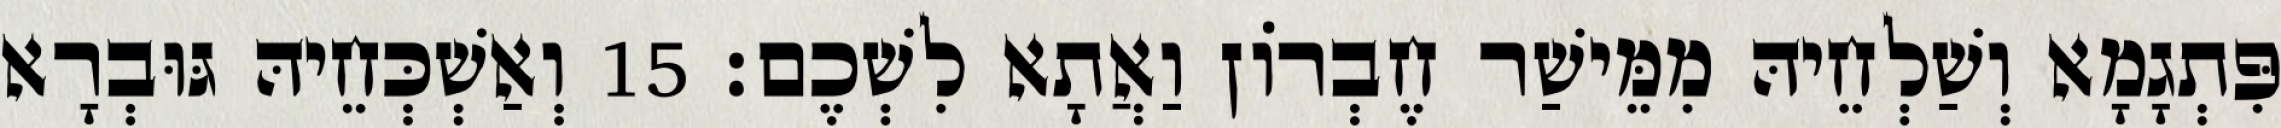
פִּתְגָמָא וְשַׁלְחֵיהּ מִמֵּישַׁר חֶבְרוֹן וַאֲתָא לִשְׁכֶם׃ 15 וְאַשְׁכְּחֵיהּ גּוּבְרָא